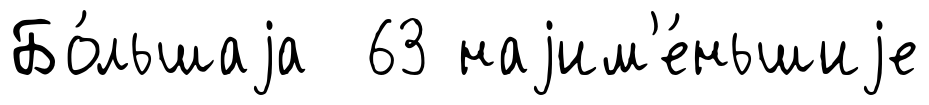
Бо́льшаjа 63 наjим'е́ньшиjе